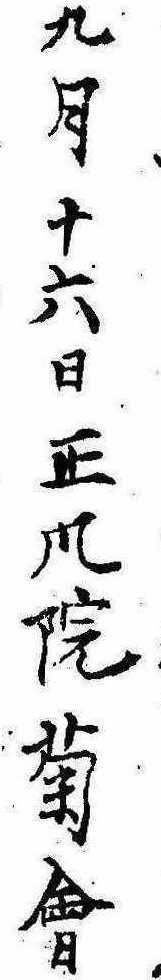
九月十六日正風院菊会